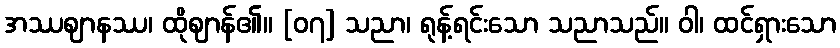
အဿဈာနဿ၊ ထိုဈာန်၏။ [၀၇] သညာ၊ ရုန့်ရင်းသော သညာသည်။ ဝါ၊ ထင်ရှားသော